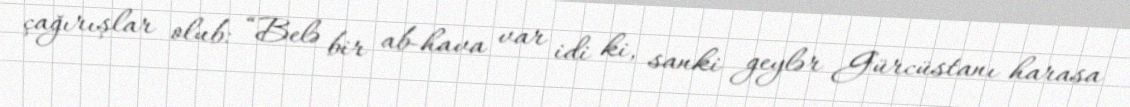
çağırışlar olub: “Belə bir ab-hava var idi ki, sanki geylər Gürcüstanı harasa